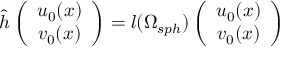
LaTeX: \hat { h } \left( \begin{array} { c } { { u _ { 0 } ( x ) } } \\ { { v _ { 0 } ( x ) } } \end{array} \right) = l ( \Omega _ { s p h } ) \left( \begin{array} { c } { { u _ { 0 } ( x ) } } \\ { { v _ { 0 } ( x ) } } \end{array} \right)